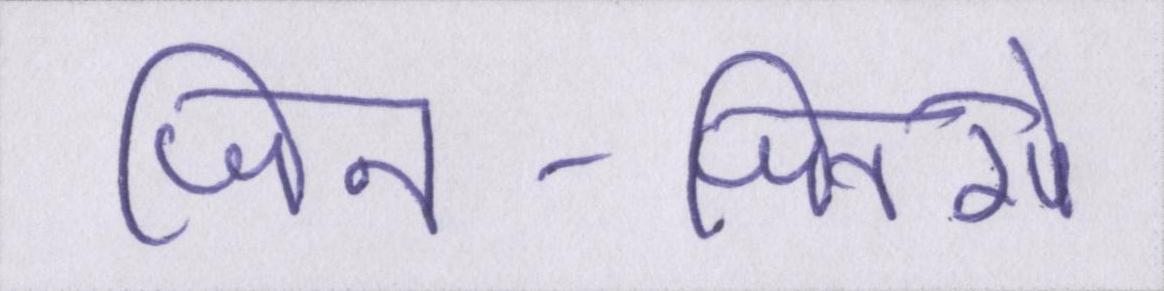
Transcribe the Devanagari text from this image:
जिन-जिनसे